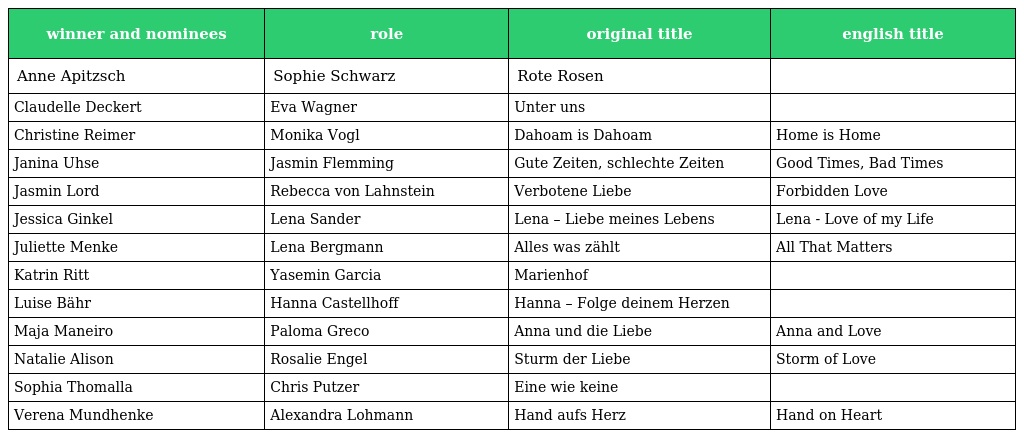
| winner and nominees | role | original title | english title |
 | --- | --- | --- | --- |
 | Anne Apitzsch | Sophie Schwarz | Rote Rosen |  |
 | Claudelle Deckert | Eva Wagner | Unter uns |  |
 | Christine Reimer | Monika Vogl | Dahoam is Dahoam | Home is Home |
 | Janina Uhse | Jasmin Flemming | Gute Zeiten, schlechte Zeiten | Good Times, Bad Times |
 | Jasmin Lord | Rebecca von Lahnstein | Verbotene Liebe | Forbidden Love |
 | Jessica Ginkel | Lena Sander | Lena – Liebe meines Lebens | Lena - Love of my Life |
 | Juliette Menke | Lena Bergmann | Alles was zählt | All That Matters |
 | Katrin Ritt | Yasemin Garcia | Marienhof |  |
 | Luise Bähr | Hanna Castellhoff | Hanna – Folge deinem Herzen |  |
 | Maja Maneiro | Paloma Greco | Anna und die Liebe | Anna and Love |
 | Natalie Alison | Rosalie Engel | Sturm der Liebe | Storm of Love |
 | Sophia Thomalla | Chris Putzer | Eine wie keine |  |
 | Verena Mundhenke | Alexandra Lohmann | Hand aufs Herz | Hand on Heart |